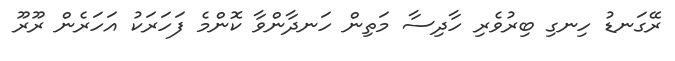
ރޭގަނޑު ހިނގި ބިރުވެރި ހާދިސާ މަތިން ހަނދާންވާ ކޮންމެ ފަހަރަކު އަހަރެން ރޫރޫ